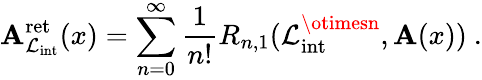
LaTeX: \mathbf{A}_{\mathcal{{L}}_{\mathrm{{int}}}}^{\mathrm{{ret}}}(x)=\sum_{n=0}^{\infty}\frac{{1}}{{n!}}R_{n,1}(\mathcal{{L}}_{\mathrm{{int}}}^{\otimesn},\mathbf{A}(x))\ .